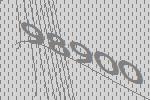
98900